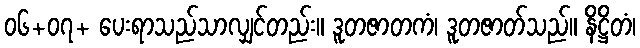
၀၆+၀၇+ ပေးရာသည်သာလျှင်တည်း။ ဒူတဇာတကံ၊ ဒူတဇာတ်သည်။ နိဋ္ဌိတံ၊